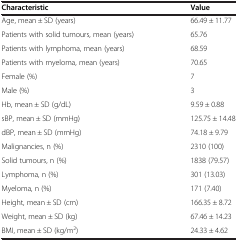
| Characteristic | Value |
 | --- | --- |
 | Age, mean ± SD (years) | 66.49 ± 11.77 |
 | Patients with solid tumours, mean (years) | 65.76 |
 | Patients with lymphoma, mean (years) | 68.59 |
 | Patients with myeloma, mean (years) | 70.65 |
 | Female (%) | 7 |
 | Male (%) | 3 |
 | Hb, mean ± SD (g/dL) | 9.59 ± 0.88 |
 | sBP, mean ± SD (mmHg) | 125.75 ± 14.48 |
 | dBP, mean ± SD (mmHg) | 74.18 ± 9.79 |
 | Malignancies, n (%) | 2310 (100) |
 | Solid tumours, n (%) | 1838 (79.57) |
 | Lymphoma, n (%) | 301 (13.03) |
 | Myeloma, n (%) | 171 (7.40) |
 | Height, mean ± SD (cm) | 166.35 ± 8.72 |
 | Weight, mean ± SD (kg) | 67.46 ± 14.23 |
 | BMI, mean ± SD (kg/m2) | 24.33 ± 4.62 |